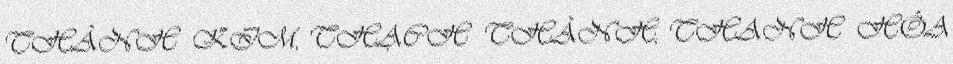
THÀNH KIM, THẠCH THÀNH, THANH HÓA